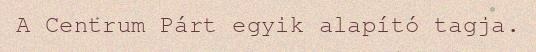
A Centrum Párt egyik alapító tagja.